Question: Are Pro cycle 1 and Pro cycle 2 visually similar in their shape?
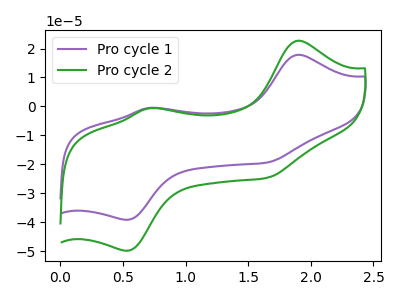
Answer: <think>The purple curve "Pro cycle 1" has anodic peaks at (1.90V, 17.85uA) (0.70V, -0.55uA) and cathodic peaks at (0.55V, -39.15uA) (1.65V, -19.35uA). The green curve "Pro cycle 2" has anodic peaks at (1.90V, 22.70uA) (0.70V, -0.70uA) and cathodic peaks at (0.55V, -49.85uA) (1.65V, -24.65uA).
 All the peaks in "Pro cycle 1" have a peak in "Pro cycle 2" at the same potential.</think>
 <answer>"Pro cycle 1" and "Pro cycle 2" are similar in shape.</answer>
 <eval>same_shape</eval>